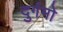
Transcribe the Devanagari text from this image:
दुर्गमो